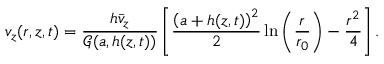
v _ { z } ( r , z , t ) = \frac { h \bar { v } _ { z } } { \mathcal { G } ( a , h ( z , t ) ) } \left[ \frac { \left( a + h ( z , t ) \right) ^ { 2 } } { 2 } \ln \left( \frac { r } { r _ { 0 } } \right) - \frac { r ^ { 2 } } { 4 } \right] .